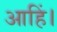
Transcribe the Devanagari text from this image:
आहिं।